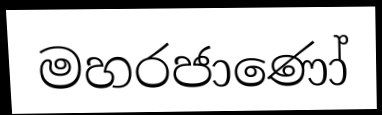
මහරජාණෝ